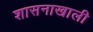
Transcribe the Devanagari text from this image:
शासनाखाली